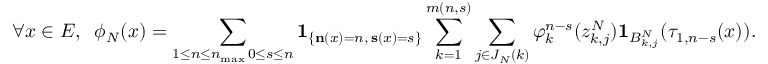
\forall x \in E , \; \; \phi _ { N } ( x ) = \sum _ { \substack { 1 \leq n \leq n _ { \operatorname* { m a x } } \, 0 \leq s \leq n } } \mathbf { 1 } _ { \left\{ \mathbf { n } ( x ) = n , \, \mathbf { s } ( x ) = s \right\} } \sum _ { k = 1 } ^ { m ( n , s ) } \sum _ { j \in J _ { N } ( k ) } \varphi _ { k } ^ { n - s } ( z _ { k , j } ^ { N } ) \mathbf { 1 } _ { B _ { k , j } ^ { N } } ( \tau _ { 1 , n - s } ( x ) ) .